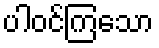
ပါဝင်ကြသော